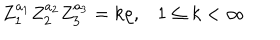
LaTeX: Z _ { 1 } ^ { a _ { 1 } } Z _ { 2 } ^ { a _ { 2 } } Z _ { 3 } ^ { a _ { 3 } } = k \rho , 1 \leq k < \infty